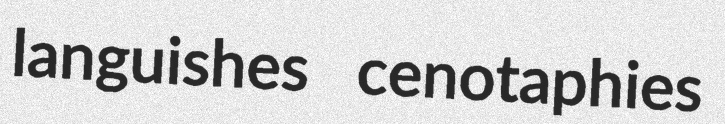
languishes cenotaphies